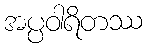
အပ္ပဝါရိတဿ